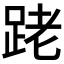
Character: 𨀼